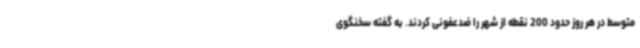
متوسط در هر روز حدود 200 نقطه از شهر را ضدعفونی کردند. به گفته سخنگوی